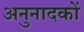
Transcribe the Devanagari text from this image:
अनुनादकों